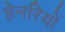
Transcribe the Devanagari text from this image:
हेनरियों